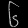
Digit: ၆